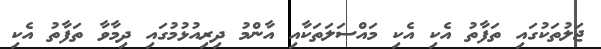
ޖަލުތަކުގައި ތަފާތު އެކި އެކި މައްސަލަތަކާއި އާންމު ދިރިއުޅުމުގައި ދިމާވާ ތަފާތު އެކި